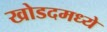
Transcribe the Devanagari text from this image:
खोडदमध्ये